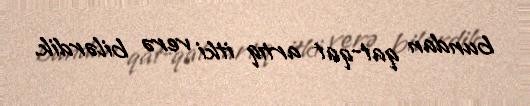
bundan qat-qat artıq itki verə bilərdik.